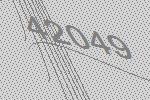
42049